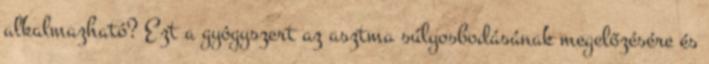
alkalmazható? Ezt a gyógyszert az asztma súlyosbodásának megelőzésére és